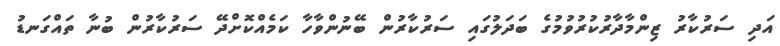
އަދި ސަރުކާރު ޒިންމާދާރުކުރުވުމުގެ ބަދަލުގައި ސަރުކާރުން ބޭނުންވާހާ ކަމެއްކޮށްދޭ ސަރުކާރުން ބުނާ ތައްގަނޑު